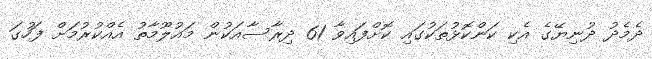
ދެމެދު ދުނިޔޭގެ އެކި ކަންކޮޅުތަކުގައި ކޮށްފައިވާ 61 ދިރާސާއަކުން މައުލޫމާތު އެއްކުރުމަށް ފަހުގަ